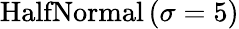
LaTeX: \mathrm{HalfNormal}\left(\sigma=5\right)